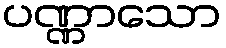
ပဏ္ဏာသော